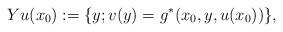
LaTeX: \begin{align*} Yu(x_0) := \{y ; v(y) = g^*(x_0,y,u(x_0))\}, \end{align*}